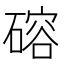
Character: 𪿮